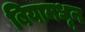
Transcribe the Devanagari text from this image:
बियामधून